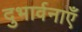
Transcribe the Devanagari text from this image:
दुभार्वनाएँ